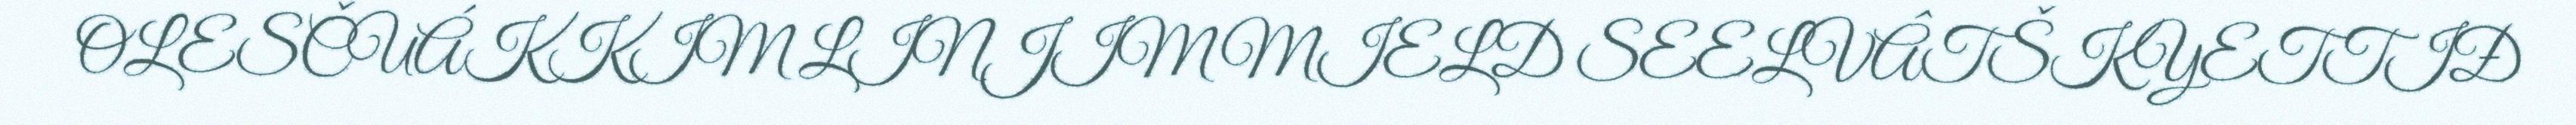
OLESČUÁKKIM LINJIM MIELD SEELVÂTŠKYETTIĐ